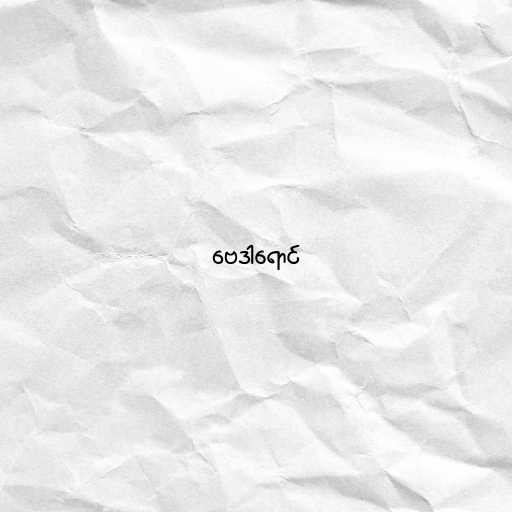
ဗေဒါရောင်